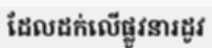
ដែលដក់លើផ្លូវនារដូវ